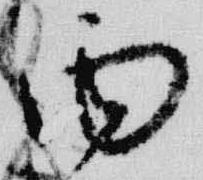
面